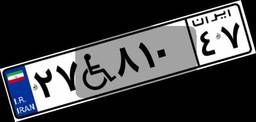
۲۷W۸۱۰۴۷